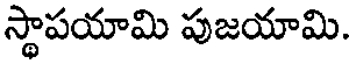
స్థాపయామి పుజయామి.